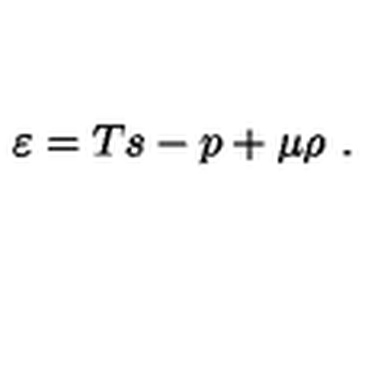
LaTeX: \varepsilon = T s - p + \mu \rho \ .